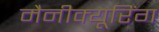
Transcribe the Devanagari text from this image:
मैनीक्यूरिंग